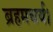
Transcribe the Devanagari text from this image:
ब्रहमचर्य।